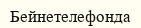
Бейнетелефонда